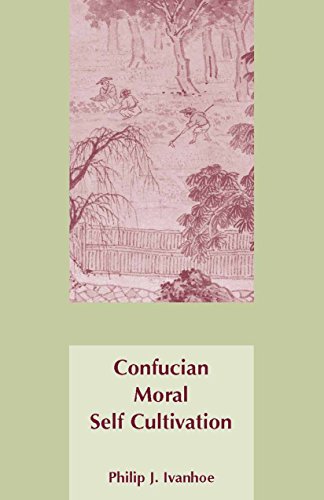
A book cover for Confucian Moral Self Cultivation; Philip J. Ivanhoe; Religion & Spirituality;